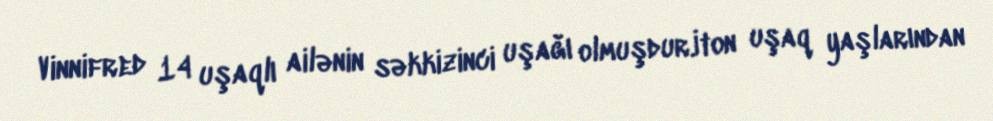
Vinnifred 14 uşaqlı ailənin səkkizinci uşağı olmuşdur.İton uşaq yaşlarından